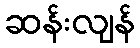
ဆန်းလျန်